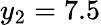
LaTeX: y_{2}=7.5